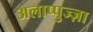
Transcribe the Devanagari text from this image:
अलाप्पुज्ज़ा